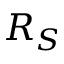
R _ { S }